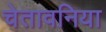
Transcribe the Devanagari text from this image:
चेतावनिया